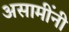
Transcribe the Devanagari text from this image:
असामींनी